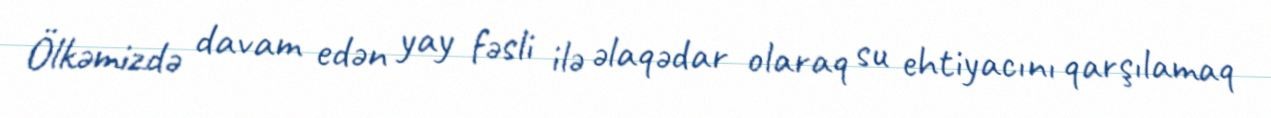
Ölkəmizdə davam edən yay fəsli ilə əlaqədar olaraq su ehtiyacını qarşılamaq